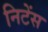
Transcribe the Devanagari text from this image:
निटेंस